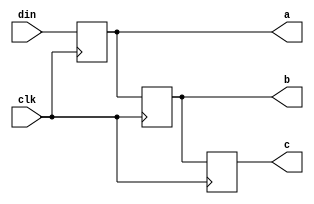
module nonblock_assign(din, clk, a, b, c);
input din;
input clk;
output reg a;
output reg b;
output reg c;
always @(posedge clk)
begin
	a <= din;
        b <= a;
        c <= b;
end
endmodule